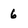
Character: 6